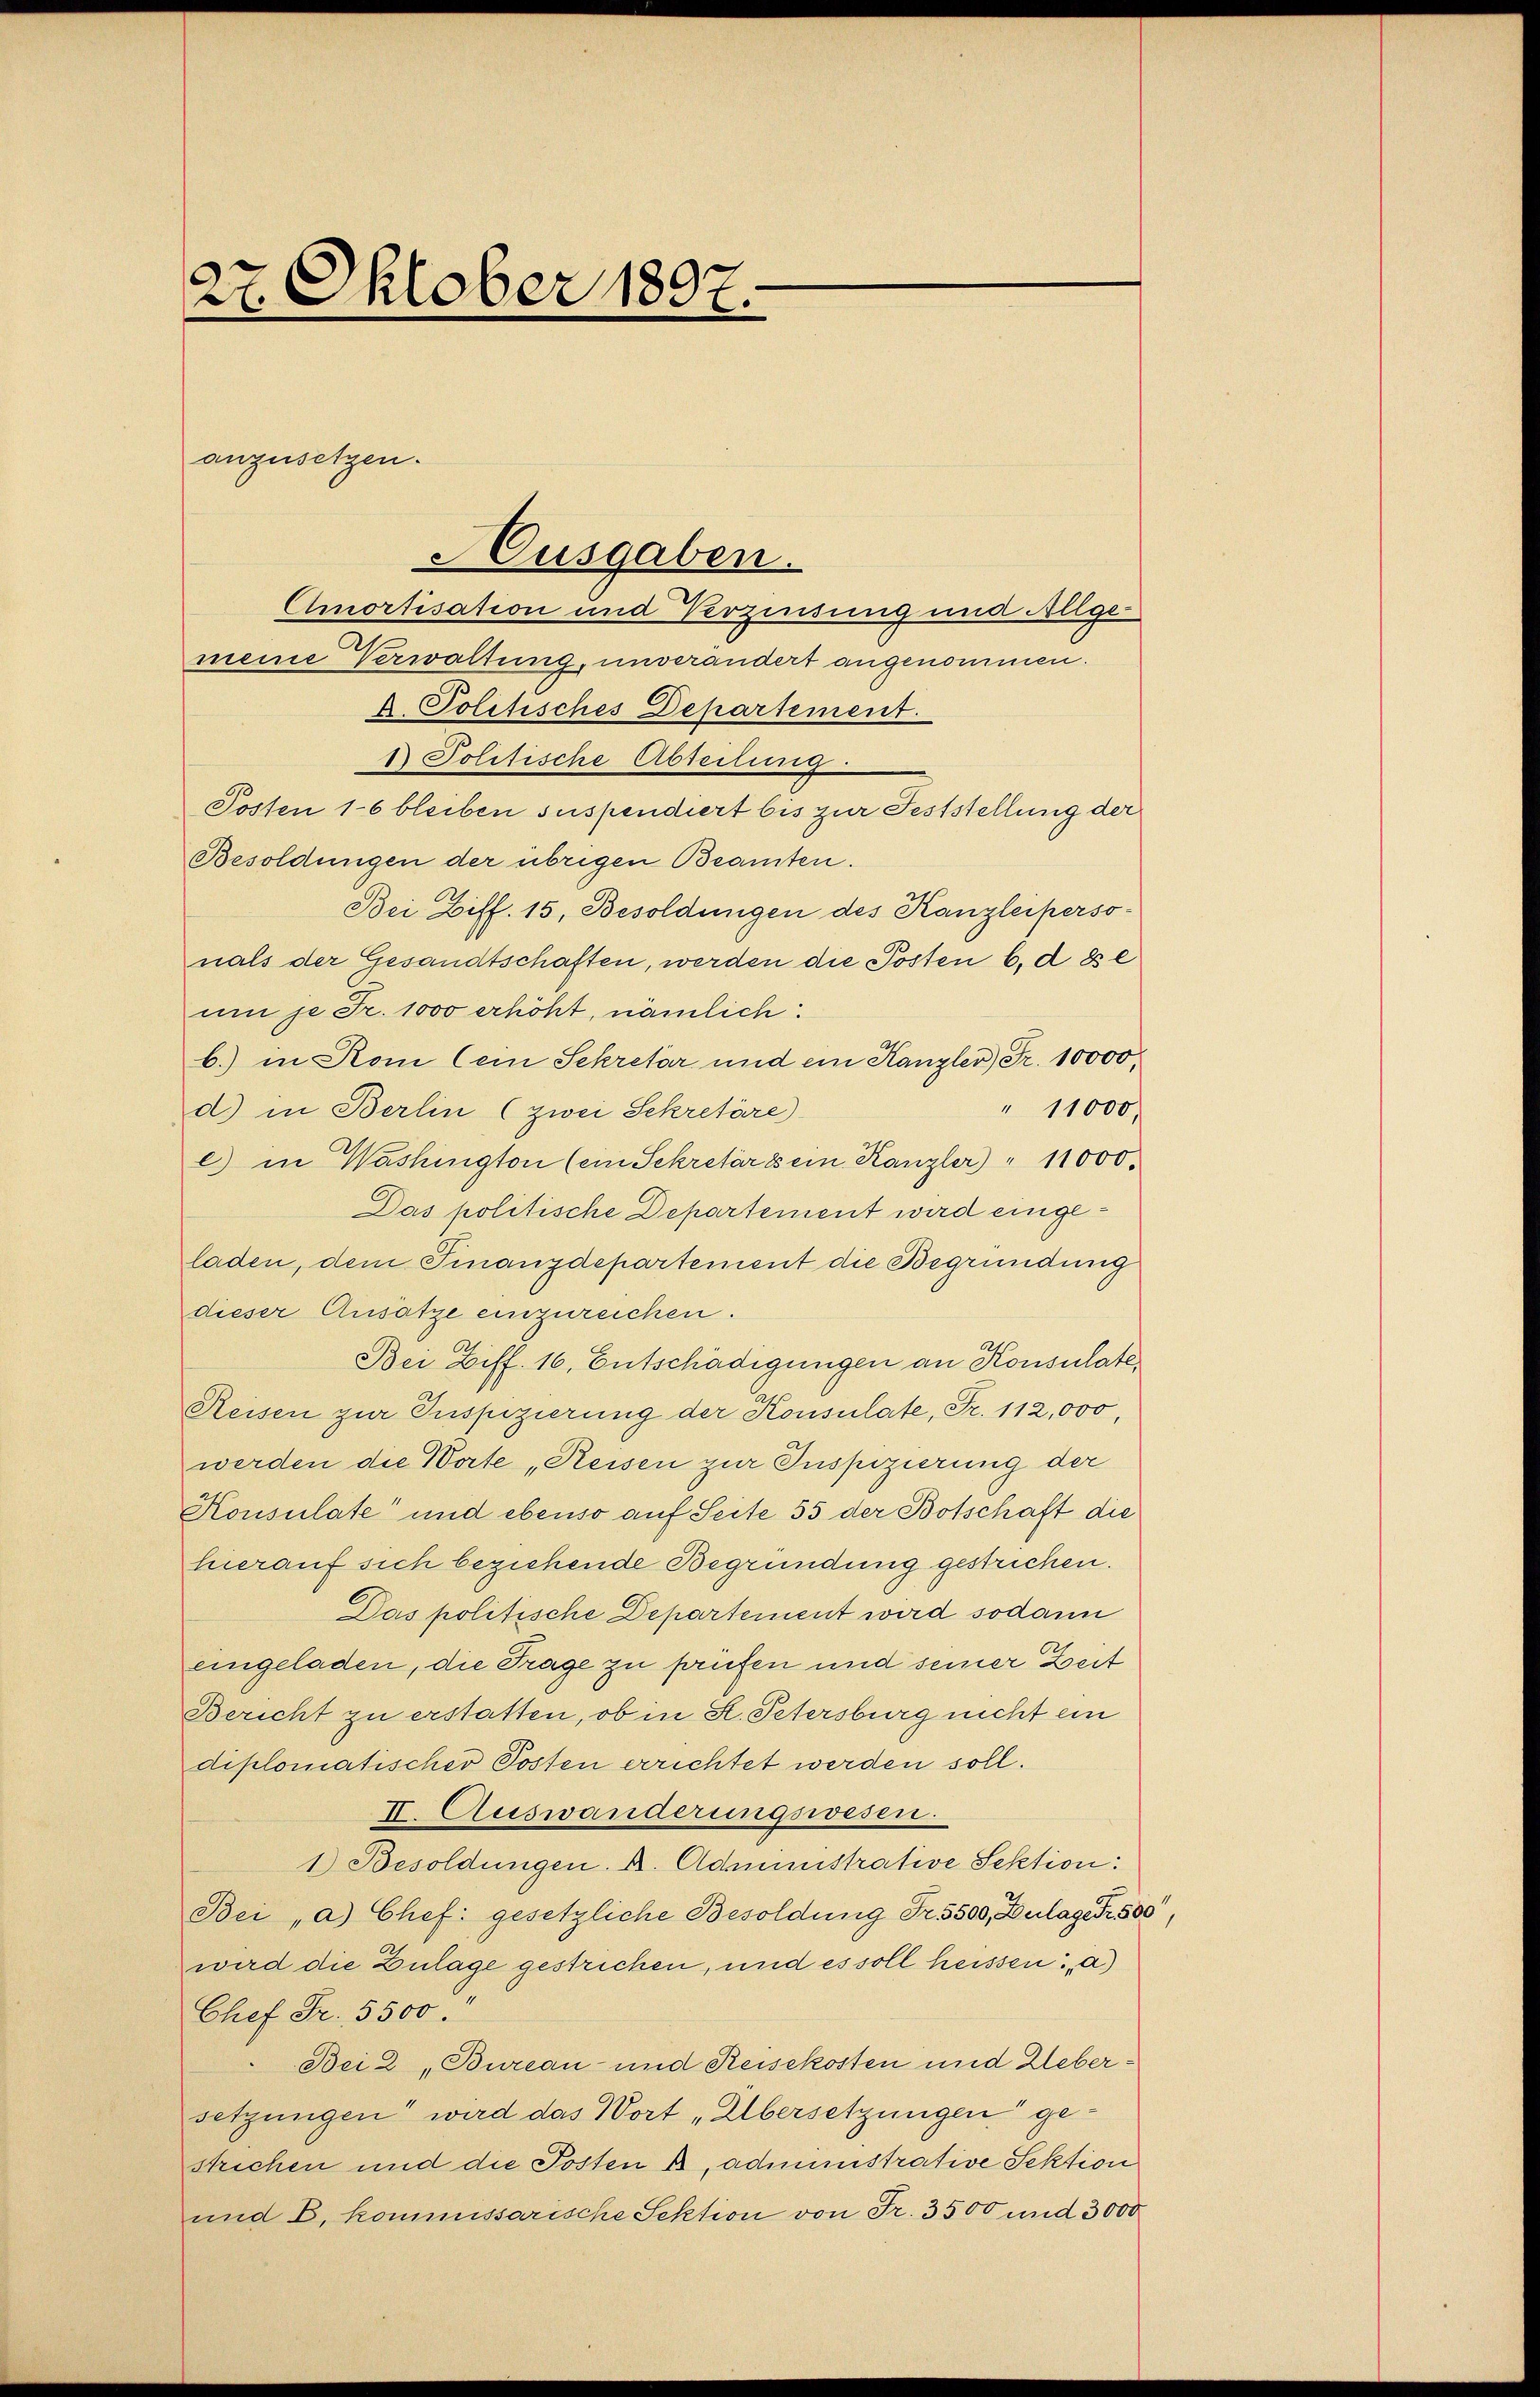
27. Oktober 1897.

anzusetzen.
Ausgaben.
Amortisation und Verzinsung und Allge-
meine Verwaltung, unverändert angenommen.

d. Politisches Departement.
1 Politische Abteilung
Posten 16 bleiben suspendiert bis zur Feststellung der
Besoldungen der übrigen Beamten.
Bei Ziff. 15, Besoldungen des Kanzleiperso-
nals der Gesandtschaften, werden die Posten 6. d. es e
um je Fr. 1000 erhöht, nämlich:
b.) in Rom (ein Sekretär und ein Kanzler) Fr. 10000.
" 11000,
d) in Berlin (zwei Sekretäre)
e) in Washington (ein Sekretär es ein Kanzler " 11000.
Das politische Departement wird eingeladen, dem Finanzdepartement die Begründung
dieser Ansätze einzureichen.
Bei Diff. 16. Entschädigungen an Konsulate,
Reisen zur Inspizierung der Konsulate, Fr. 112,000,
werden die Worte „Reisen zur Inspizierung der
Konsulate und ebenso auf Seite 55 der Botschaft die
hierauf sich beziehende Begründung gestrichen.
Das politische Departement wird sodann
eingeladen, die Trage zu prüfen und seiner Zeit
Bericht zu erstatten, ob in St. Petersburg nicht ein
diplomatischer Posten errichtet werden soll.
II. Auswanderungswesen.
1) Besoldungen. A. Administrative Sektion:
Bei „a) Chef gesetzliche Besoldung Fr. 5500, Zulagen 500
wird die Zulage gestrichen, und es soll heissen: a)
Chef Fr. 5500
Bei 2 "Bureau- und Reisekosten und Uebersetzungen wird das Wort „Übersetzungen gestrichen und die Posten A. Administrative Sektion
und E. kommissarische Sektion von Fr. 3500 und 3000